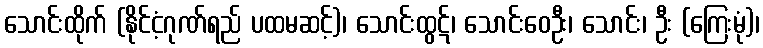
သောင်းထိုက် (နိုင်ငံ့ဂုဏ်ရည် ပထမဆင့်)၊ သောင်းထွဋ်၊ သောင်းဝေဦး၊ သောင်း၊ ဦး (ကြေးမုံ)၊